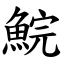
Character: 鯇